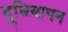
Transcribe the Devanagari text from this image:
दूधियापन